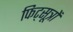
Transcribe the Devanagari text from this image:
फिट्सूत्रों